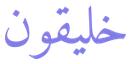
خليقون